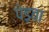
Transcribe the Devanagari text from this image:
पेड़वा